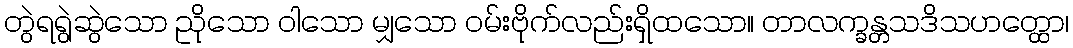
တွဲရရွဲဆွဲသော ညိုသော ဝါသော မျှသော ဝမ်းဗိုက်လည်းရှိထသော။ တာလက္ခန္တသဒိသဟတ္ထော၊